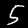
Label: 5